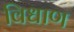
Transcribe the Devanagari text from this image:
विधाण